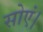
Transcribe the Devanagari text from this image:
सोएं।